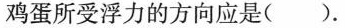
鸡蛋所受浮力的方向应是( ).